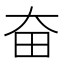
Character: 奋